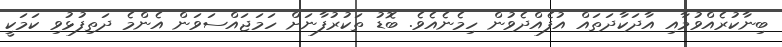
ބިނާކުރެއްވުމާއި އާދަކާދަތައް އުފެއްދެވުން ހިމެނެއެވެ. ބޮޑު ތަކުރުފާނަށް ހަމަޖައްސަވަން އެންމެ ދަތިފުޅުވި ކަމަކީ